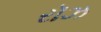
રૉઝ